Voisiku_vallavalitsus, lk 422
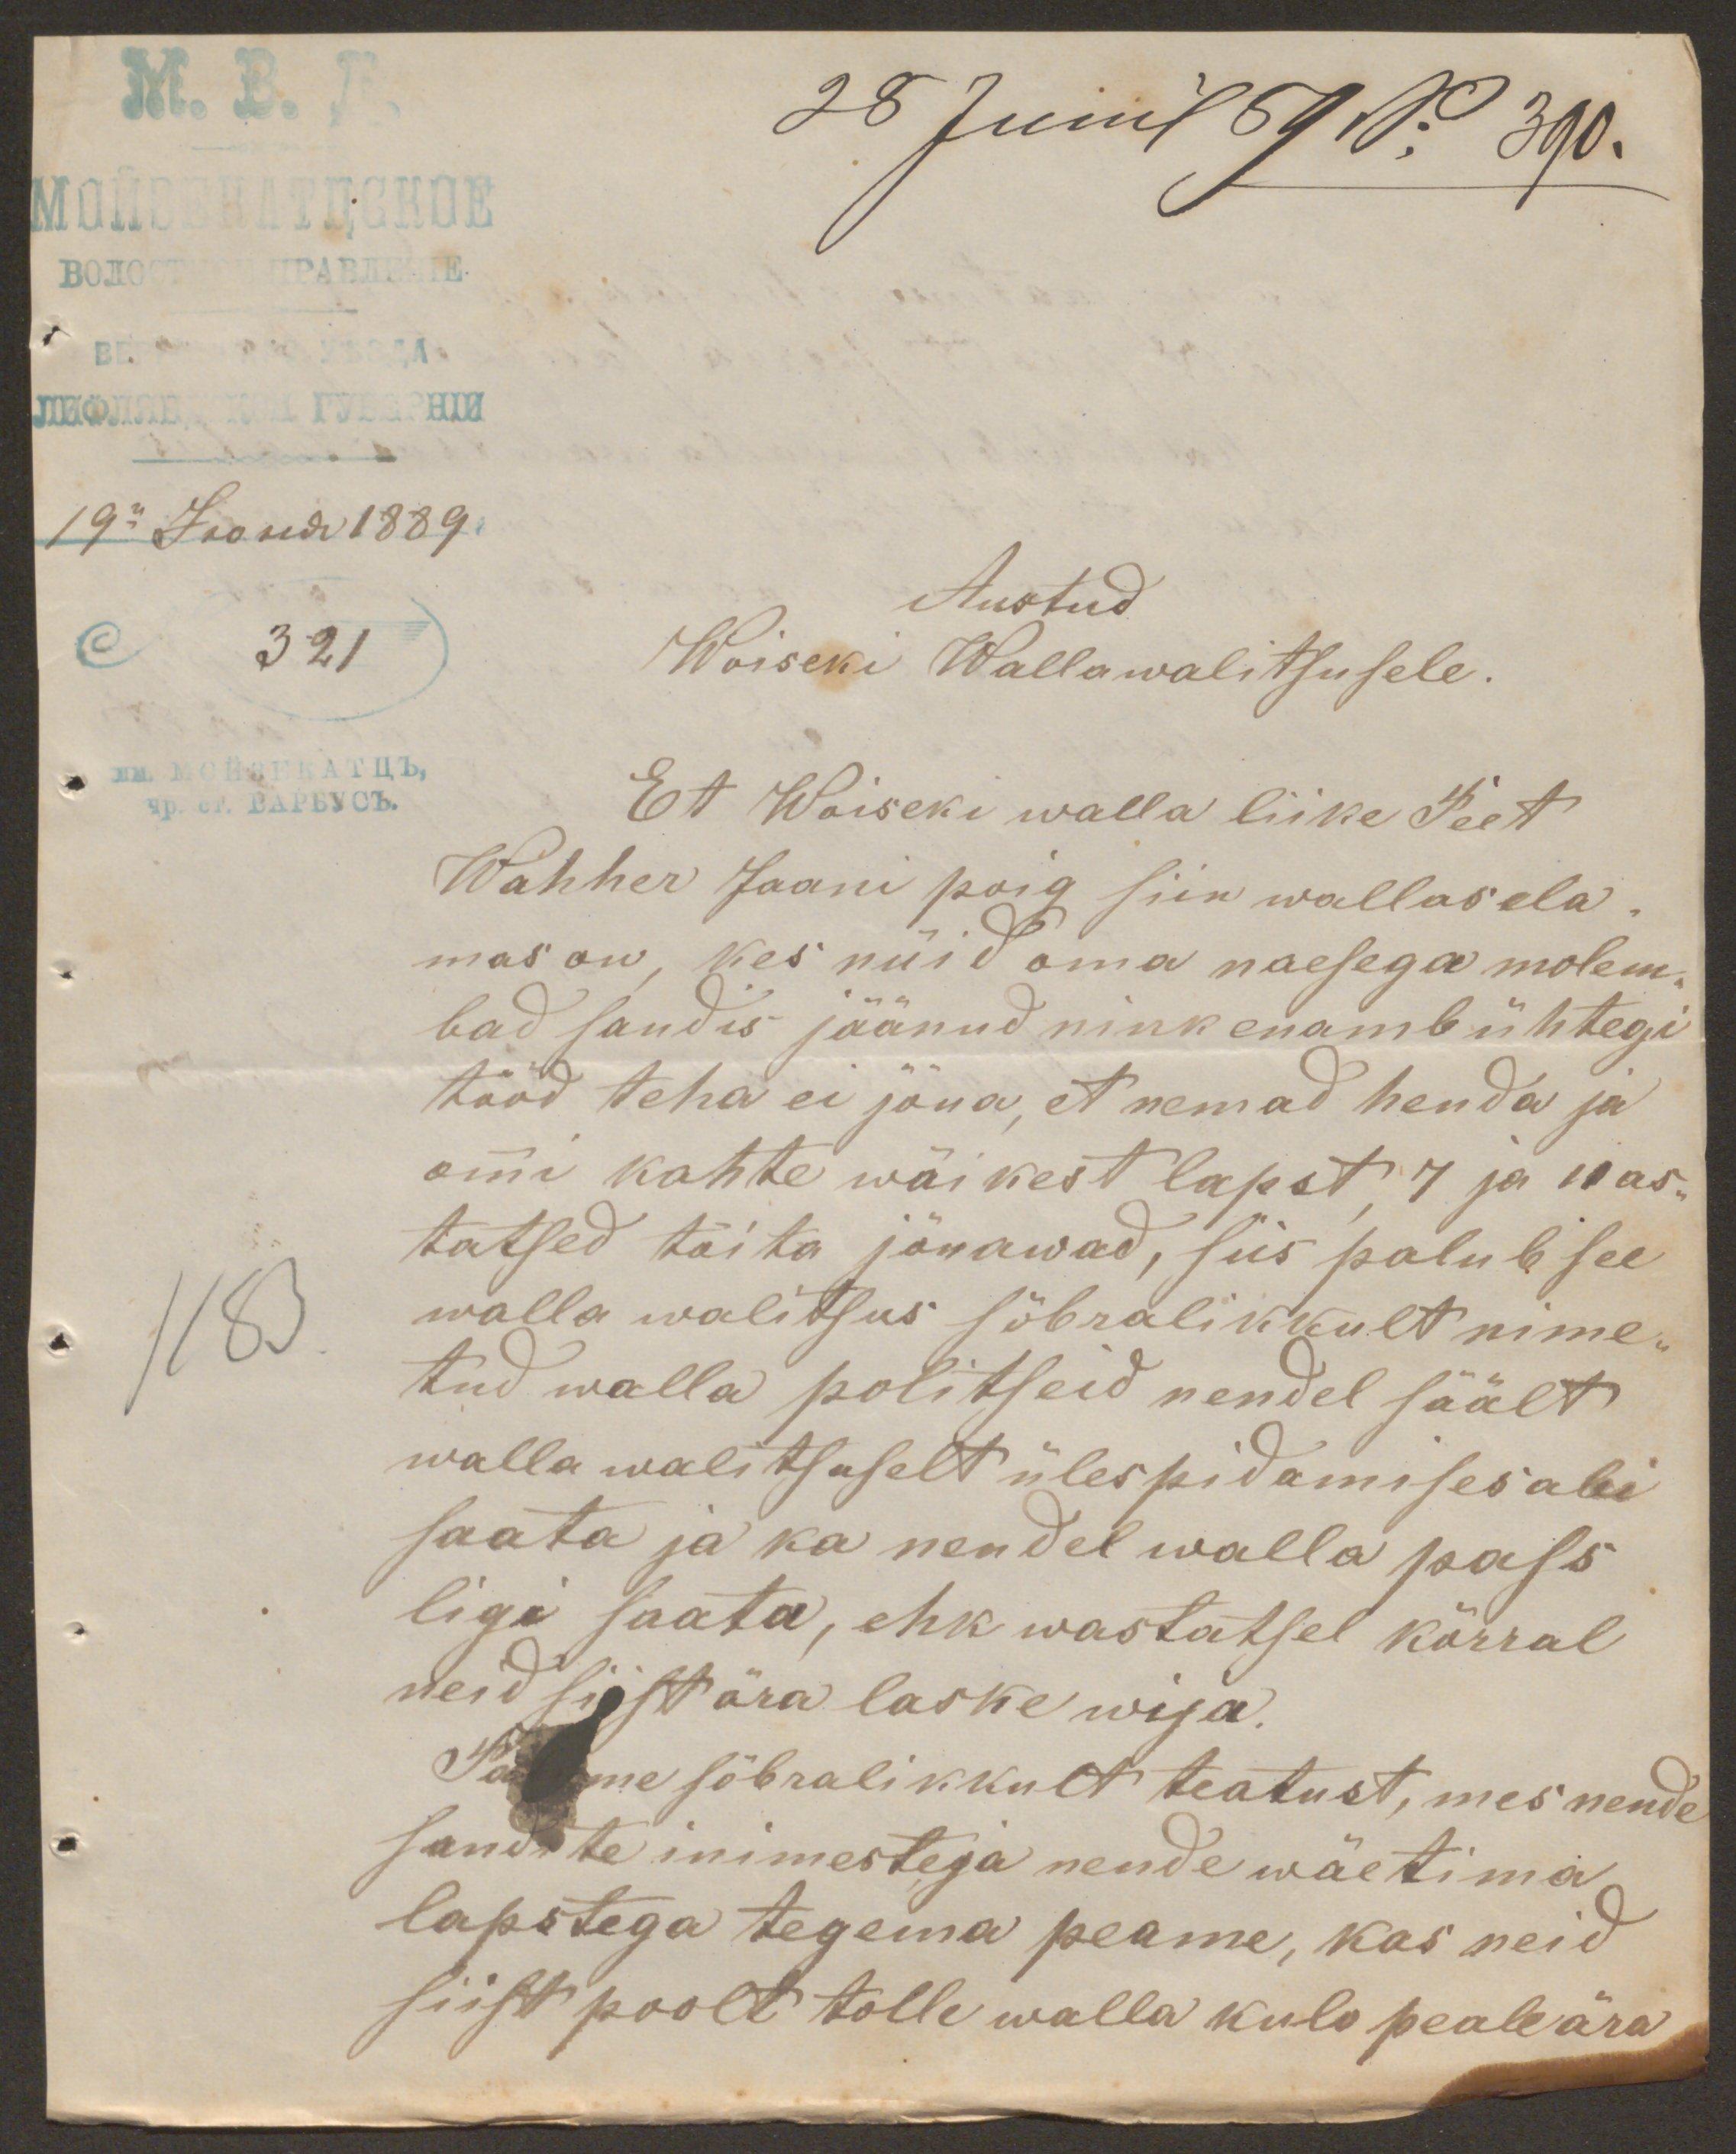
28 Junil 89 No 390.
Austud
321
Woiseki Wallawalitsusele.
Et Woiseki walla liike Peet
Wahher Jaani poig siin wallas ela-
mas on, kes nüid oma naesega molem-
bad sandis jäänud nink enamb ühtegi
tööd teha ei jõua, et nemad henda ja
oma kahte wäikest lapst, 7 ja 11 as-
tatsed töita jõuawad, siis palub see
walla walitsus sõbralikkult nime-
tud walla politseid nendel säält
wallawalitsuselt ülespidamises abi
saata ja ka nendel walla pass
ligi saata, ehk wastatsel kõrral
neid siist ära laske wija.
Palume sõbralikkult teatust, mes nende
sandite inimestega nende wäetima
lapstega tegema peame, kas neid
siist poolt tolle walla kulo peale ära